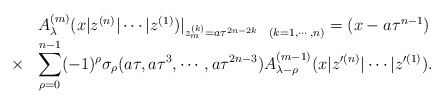
\begin{align*}\begin{array}{cl}&A_{\lambda}^{(m)} (x|z^{(n)}|\cdots|z^{(1)}) |_{z_m^{(k)}=a\tau^{2n-2k}~~(k=1, \cdots, n)}=(x-a\tau^{n-1}) \\\times & \displaystyle\sum_{\rho =0}^{n-1}(-1)^{\rho} \sigma_{\rho}(a\tau, a\tau^3 , \cdots , a\tau^{2n-3}) A_{\lambda -\rho}^{(m-1)}(x|z'^{(n)}|\cdots|z'^{(1)}).\end{array}\end{align*}